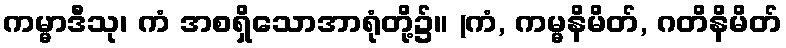
ကမ္မာဒီသု၊ ကံ အစရှိသောအာရုံတို့၌။ (ကံ, ကမ္မနိမိတ်, ဂတိနိမိတ်